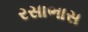
રસાભાસ